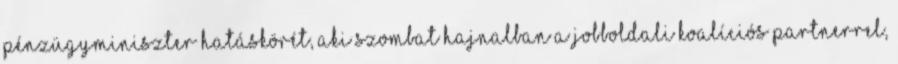
pénzügyminiszter hatáskörét, aki szombat hajnalban a jobboldali koalíciós partnerrel,